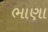
ભાણા